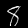
Label: 8